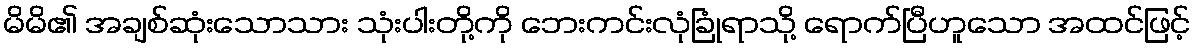
မိမိ၏ အချစ်ဆုံးသောသား သုံးပါးတို့ကို ဘေးကင်းလုံခြုံရာသို့ ရောက်ပြီဟူသော အထင်ဖြင့်